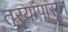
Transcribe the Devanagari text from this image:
तुर्‍यांपासून